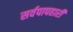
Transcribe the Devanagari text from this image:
सर्वपापहारी